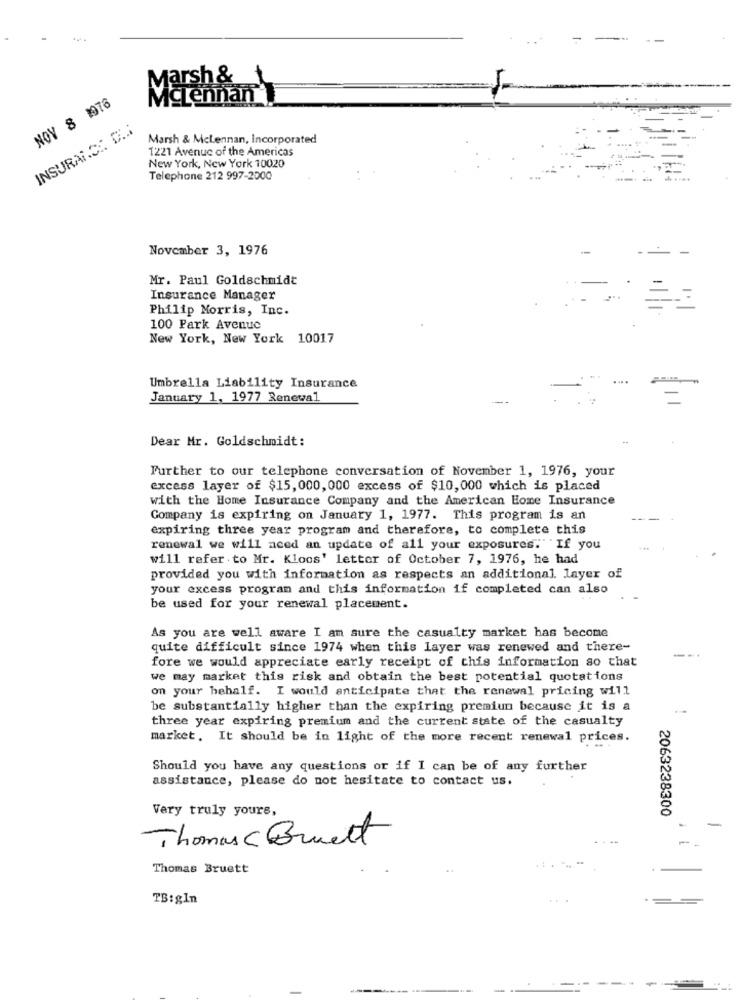
Marsh &
NOV 8 1976
Mcennan'!
INSURANCE C ..
Marsh & McLennan, Incorporated
1221 Avenue of the Americas
New York, New York 10020
Telephone 212 997-2000
November 3, 1976
---
Mr. Paul Goldschmidt
Insurance Manager
Philip Morris, Inc.
100 Park Avenue
New York, New York 10017
Umbrella Liability Insurance
January 1, 1977 Renewal
Dear Mr. Goldschmidt:
Further to our telephone conversation of November 1, 1976, your
excess layer of $15, 000, 000 excess of $10,000 which is placed
with the Home Insurance Company and the American Home Insurance
Company is expiring on January 1, 1977. This program is an
expiring three year program and therefore, to complete this
renewal we will aced an update of all your exposures."
" If you
will refer to Mr. Kloos' letter of October 7, 1976, he had
provided you with information as respects an additional layer of
your excess program and this information if completed can also
be used for your renewal placement.
As you are well aware I am sure the casualty market has become
quite difficult since 1974 when this layer was renewed and there-
-.
fore we would appreciate early receipt of this information so that
we may market this risk and obtain the best potential quotations
on your behalf. I would anticipate that the renewal pricing will
be substantially higher than the expiring premium because it is a
three year expiring premium and the current state of the casualty
market. It should be in light of the more recent renewal prices.
Should you have any questions or if I can be of any further
assistance, please do not hesitate to contact us.
Very truly yours,
2063238300
Thomas Bruett
Thomas Bruett
TB:gln